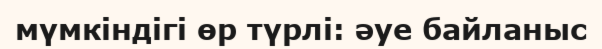
мүмкіндігі өр түрлі: әуе байланыс